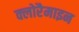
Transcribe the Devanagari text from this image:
क्लोरैमाइन